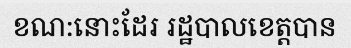
ខណ:នោះដែរ រដ្ឋបាលខេត្តបាន